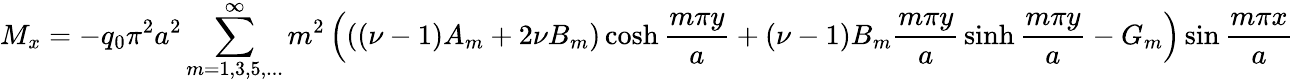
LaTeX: M_{x}=-q_{0}\pi^{2}a^{2}\sum_{m=1,3,5,...}^{\infty}m^{2}\left(\left(\left(\nu-1\right)A_{m}+2\nu B_{m}\right)\cosh{\frac{m\pi y}{a}}+\left(\nu-1\right)B_{m}{\frac{m\pi y}{a}}\sinh{\frac{m\pi y}{a}}-G_{m}\right)\sin{\frac{m\pi x}{a}}